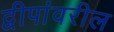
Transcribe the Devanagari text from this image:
द्वीपांवरील